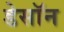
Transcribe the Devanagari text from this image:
डेसॉन